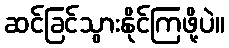
ဆင်ခြင်သွားနိုင်ကြဖို့ပဲ။